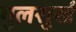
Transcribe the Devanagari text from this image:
गुलसुर्ख